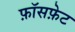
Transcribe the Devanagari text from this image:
फ़ॉसफ़ेट